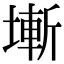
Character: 𡐛